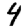
Digit: 4